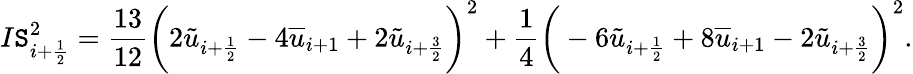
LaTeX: I\mathtt{S}_{i+\frac{{1}}{{2}}}^{2}=\frac{{13}}{{12}}\bigg(2\tilde{{u}}_{i+\frac{{1}}{{2}}}-4\overline{{{u}}}_{i+1}+2\tilde{{u}}_{i+\frac{{3}}{{2}}}\bigg)^{2}+\frac{{1}}{{4}}\bigg(-6\tilde{{u}}_{i+\frac{{1}}{{2}}}+8\overline{{{u}}}_{i+1}-2\tilde{{u}}_{i+\frac{{3}}{{2}}}\bigg)^{2}.